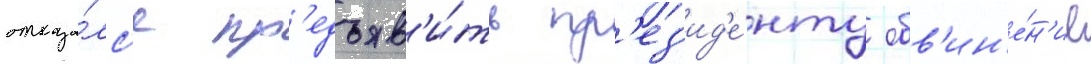
отказа́лс'я пр'едъяв'и́ть пр'ез'ид'е́нту обв'ин'е́н'ие